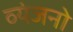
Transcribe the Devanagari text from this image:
व्‍यंजनो